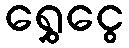
ရွှေငွေ